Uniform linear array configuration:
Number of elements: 24
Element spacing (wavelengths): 0.75
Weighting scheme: uniform
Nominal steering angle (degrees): -15
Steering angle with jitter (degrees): -13.638
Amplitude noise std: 0.05
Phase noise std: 0.05

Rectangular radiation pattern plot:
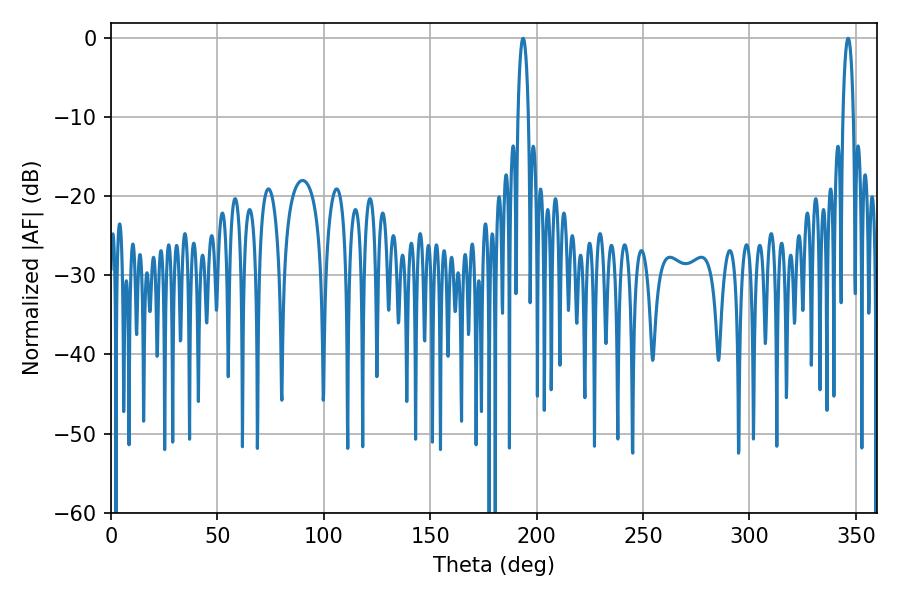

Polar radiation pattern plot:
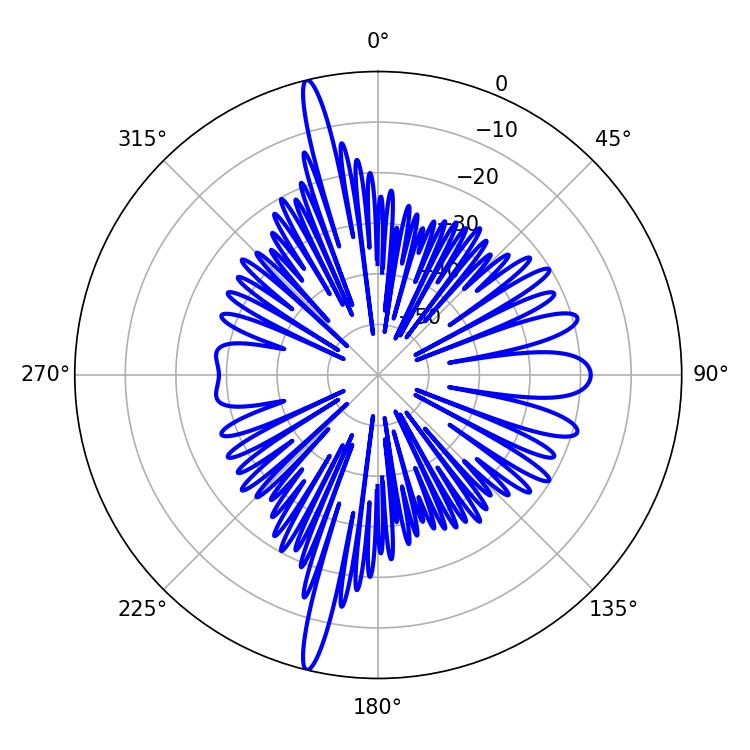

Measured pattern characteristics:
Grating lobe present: TRUE
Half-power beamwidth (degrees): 2.7
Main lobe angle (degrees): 346.32